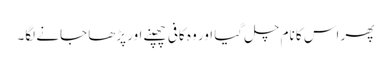
پھر اس کا نام چل گیا اور وہ کافی چھپنے اور پڑھا جانے لگا۔